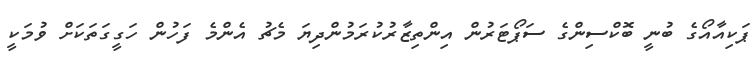
ޕަކިއާއޯގެ ބުނީ ބޮކްސިންގެ ސަޕޯޓަރުން އިންތިޒާރުކުރަމުންދިޔަ މެޗު އެންމެ ފަހުން ހަގީގަތަކަށް ވުމަކީ